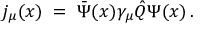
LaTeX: j _ { \mu } ( x ) \; = \; \bar { \Psi } ( x ) \gamma _ { \mu } \hat { Q } \Psi ( x ) \, .